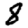
Digit: 8